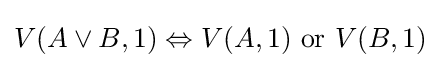
V(A\lor B,1)\Leftrightarrow V(A,1){\text{ or }}V(B,1)